Lunatic asylums Punjab 1881-1894 - 1881-1894
Year: 1881
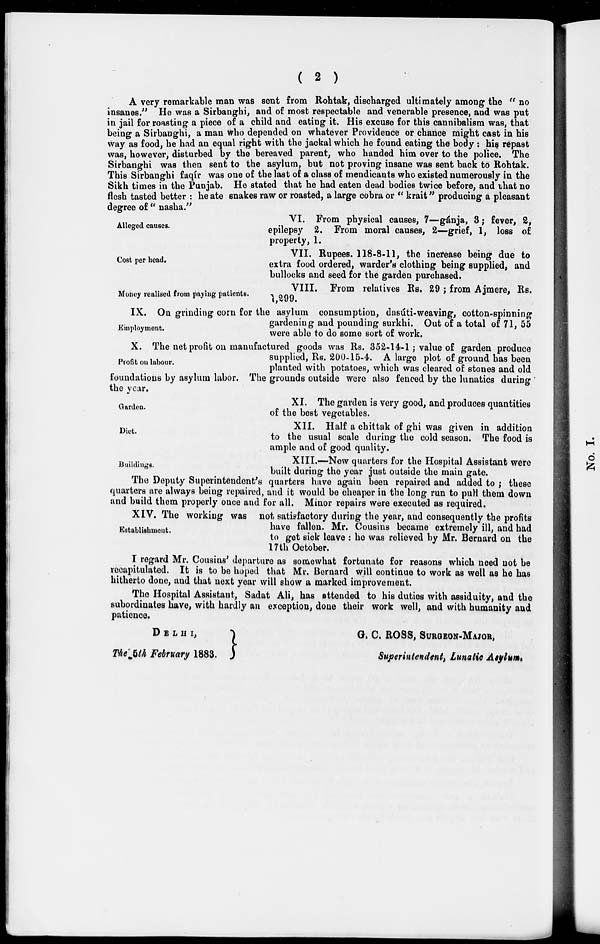
( 2 )
A very remarkable man was sent from Rohtak, discharged ultimately among the " no
insanes," He was a Sirbanghi, and of most respectable and venerable presence, and was put
in jail for roasting a piece of a child and eating it. His excuse for this cannibalism was, that
being a Sirbanghi, a man who depended on whatever Providence or chance might cast in his
way as food, he had an equal right with the jackal which he found eating the body : his repast
was, however, disturbed by the bereaved parent, who handed him over to the police. The
Sirbanghi was then sent to the asylum, but not proving insane was sent back to Rohtak.
This Sirbanghi faqír was one of the last of a class of mendicants who existed numerously in the
Sikh times in the Punjab. He stated that he had eaten dead bodies twice before, and that no
flesh tasted better : he ate snakes raw or roasted, a large cobra or " krait" producing a pleasant
degree of " nasha."
Alleged causes.
VI. From physical causes, 7—gánja, 3; fever, 2,
epilepsy 2. From moral causes, 2—grief, 1, loss of
property, 1.
Cost per head.
VII. Rupees. 118-8-11, the increase being due to
extra food ordered, warder's clothing being supplied, and
bullocks and seed for the garden purchased.
Money realised from paying patients.
VIII. From relatives Rs. 29 ; from Ajmere, Rs.
1,299.
Employment.
IX. On grinding corn for the asylum consumption, dasúti-weaving, cotton-spinning
gardening and pounding surkhi. Out of a total of 71, 55
were able to do some sort of work.
Profit on labour.
X. The net profit on manufactured goods was Rs. 352-14-1 ; value of garden produce
supplied, Rs. 200-15-4. A large plot of ground has been
planted with potatoes, which was cleared of stones and old
foundations by asylum labor. The grounds outside were also fenced by the lunatics during
the year.
Garden.
XI. The garden is very good, and produces quantities
of the best vegetables.
Diet.
XII. Half a chittak of ghi was given in addition
to the usual scale during the cold season. The food is
ample and of good quality.
Buildings.
XIII.—New quarters for the Hospital Assistant were
built during the year just outside the main gate.
The Deputy Superintendent's quarters have again been repaired and added to ; these
quarters are always being repaired, and it would be cheaper in the long run to puH them down
and build them properly once and for all. Minor repairs were executed as required.
Establishment.
XIV. The working was not satisfactory during the year, and consequently the profits
have fallen. Mr. Cousins became extremely ill, and had
to get sick leave : he was relieved by Mr. Bernard on the
17 th October.
I regard Mr. Cousins' departure as somewhat fortunate for reasons which need not be
recapitulated. It is to be hoped that Mr. Bernard will continue to work as well as he has
hitherto done, and that next year will show a marked improvement.
The Hospital Assistant, Sadat Ali, has attended to his duties with assiduity, and the
subordinates have, with hardly an exception, done their work well, and with humanity and
patience.
DELHI,
The 5th February 1883.
G. C. ROSS, SURGEON-MAJOR,
Superintendent, Lunatic Asylum.